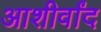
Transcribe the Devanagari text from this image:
आशीर्वांद